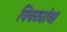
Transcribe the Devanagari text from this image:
बिबट्यांना